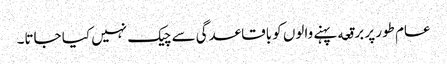
عام طور پر برقعه پہنے والوں کو باقاعدگی سے چیک نہیں کیا جاتا۔